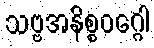
သဗ္ဗအနိစ္စဝဂ္ဂေါ